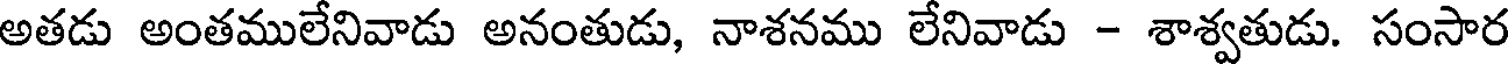
అతడు అంతములేనివాడు అనంతుడు, నాశనము లేనివాడు - శాశ్వతుడు. సంసార